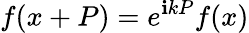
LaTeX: f(x+P)=e^{\mathbf{i}kP}f(x)